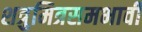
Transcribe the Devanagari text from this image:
शत्रुमित्रसमभावी